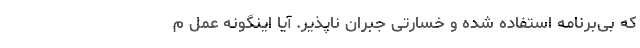
که بی‌برنامه استفاده شده و خسارتی جبران ناپذیر. آیا اینگونه عمل م